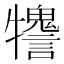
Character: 𤜋